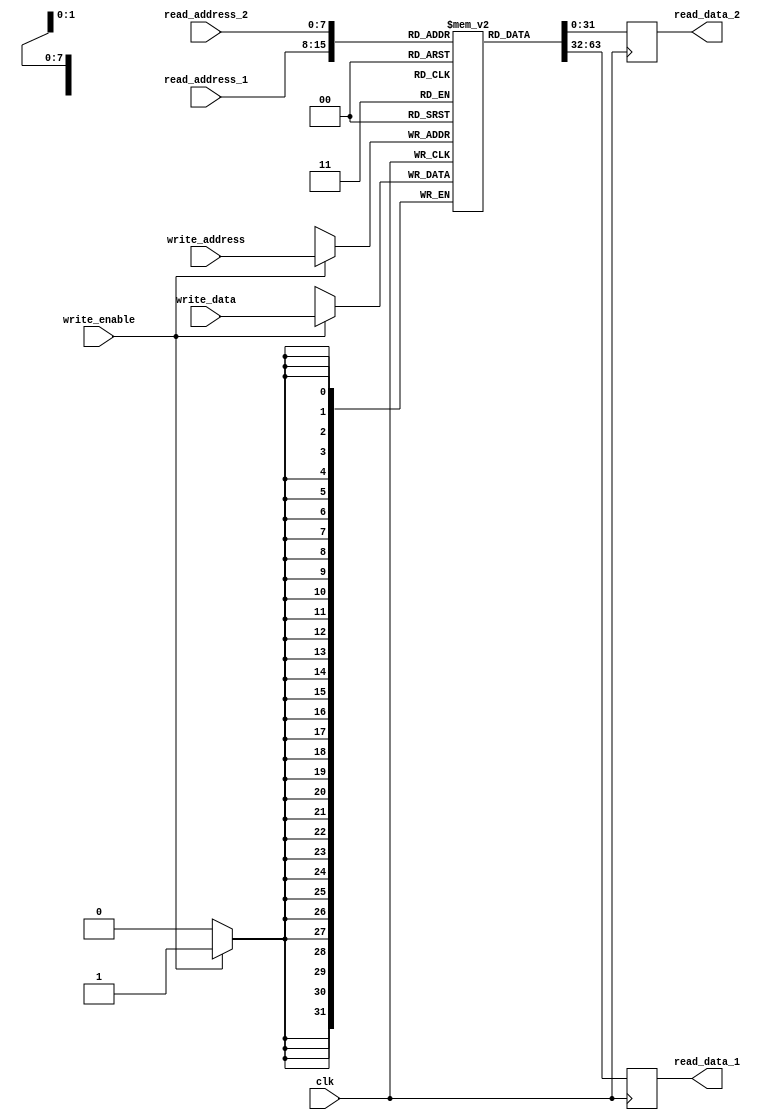
module register_file
(
    input wire clk, // Clock signal
    input wire [7:0] read_address_1, // Read address for port 1
    input wire [7:0] read_address_2, // Read address for port 2
    input wire [7:0] write_address, // Write address for write port
    input wire write_enable, // Write enable signal
    input wire [31:0] write_data, // Data to be written
    output reg [31:0] read_data_1, // Data read from port 1
    output reg [31:0] read_data_2 // Data read from port 2
);

reg [31:0] mem [255:0]; // Memory block to store values

// Read operation for port 1
always @ (posedge clk)
begin
    read_data_1 <= mem[read_address_1];
end

// Read operation for port 2
always @ (posedge clk)
begin
    read_data_2 <= mem[read_address_2];
end

// Write operation
always @ (posedge clk)
begin
    if (write_enable)
        mem[write_address] <= write_data;
end

endmodule